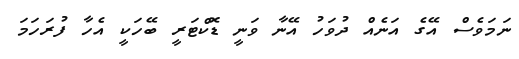
ނަމަވެސް އޭގެ އަނެއް ދުވަހު އޭނާ ވަނީ ޑޮކްޓަރީ ބޭހަކީ އެހާ ފުރަހަމަ